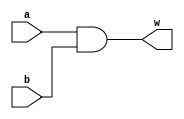
module AND(input a, b, output w);
  assign w = a & b;
endmodule